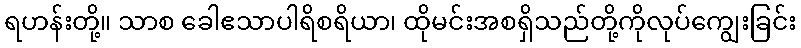
ရဟန်းတို့။ သာစ ခေါဧသာပါရိစရိယာ၊ ထိုမင်းအစရှိသည်တို့ကိုလုပ်ကျွေးခြင်း